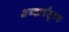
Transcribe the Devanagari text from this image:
शब्दार्थसूचक